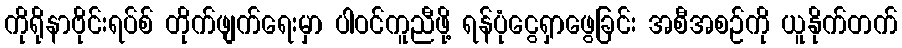
ကိုရိုနာဗိုင်းရပ်စ် တိုက်ဖျက်ရေးမှာ ပါဝင်ကူညီဖို့ ရန်ပုံငွေရှာဖွေခြင်း အစီအစဉ်ကို ယူနိုက်တက်